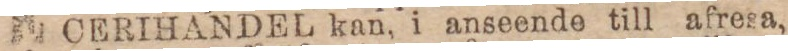
CERIHANDEL kan, i anseende till afresa,